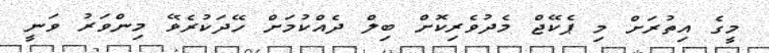
މީގެ އިތުރަށް މި ޕެކޭޖް މެދުވެރިކޮށް ބިލް ދެއްކުމަށް ހޭދަކުރެވޭ މިންވަރު ވަނީ